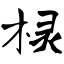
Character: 棂